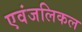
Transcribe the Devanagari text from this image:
एवंजलिकल